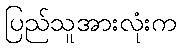
ပြည်သူအားလုံးက